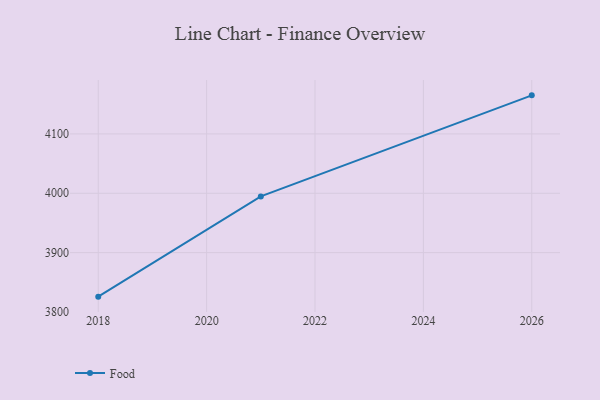
{"axis": {"x": "Year", "y": "Net Income (USD K)"}, "legend": ["Food"], "data": [{"x": "2026", "y": 4165.0, "type": "Food"}, {"x": "2021", "y": 3994.7, "type": "Food"}, {"x": "2018", "y": 3825.8, "type": "Food"}]}